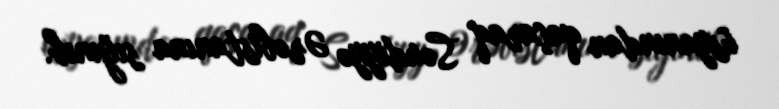
üsyanından qaçaraq Səudiyyə Ərəbistanına sığınıb.